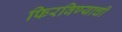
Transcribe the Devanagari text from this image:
फिरविण्याची